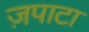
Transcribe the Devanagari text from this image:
ज़पाटा